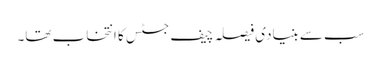
سب سے بنیادی فیصلہ چیف جسٹس کا انتخاب تھا۔